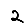
Digit: 2